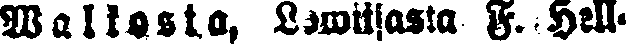
Waltiosta, Lowiisassa F. Hell-